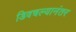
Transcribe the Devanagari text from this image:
डिवचल्यानंतर